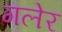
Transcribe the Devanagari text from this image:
गलेर